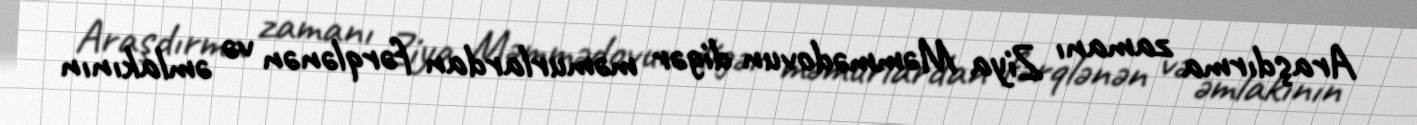
Araşdırma zamanı Ziya Məmmədovun digər məmurlardan fərqlənən və əmlakının